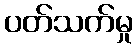
ပတ်သက်မှု